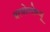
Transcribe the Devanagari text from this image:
बरथोलोम्यू